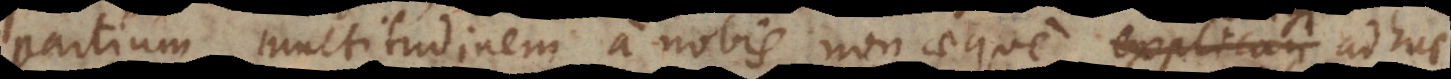
partium multitudinem a nobis non aeque explicari adhuc